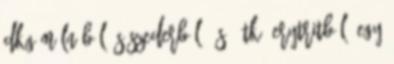
dkg málnából és szederből, és 1 tk. erytritből. Egy